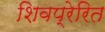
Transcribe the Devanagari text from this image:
शिवप्रेरित